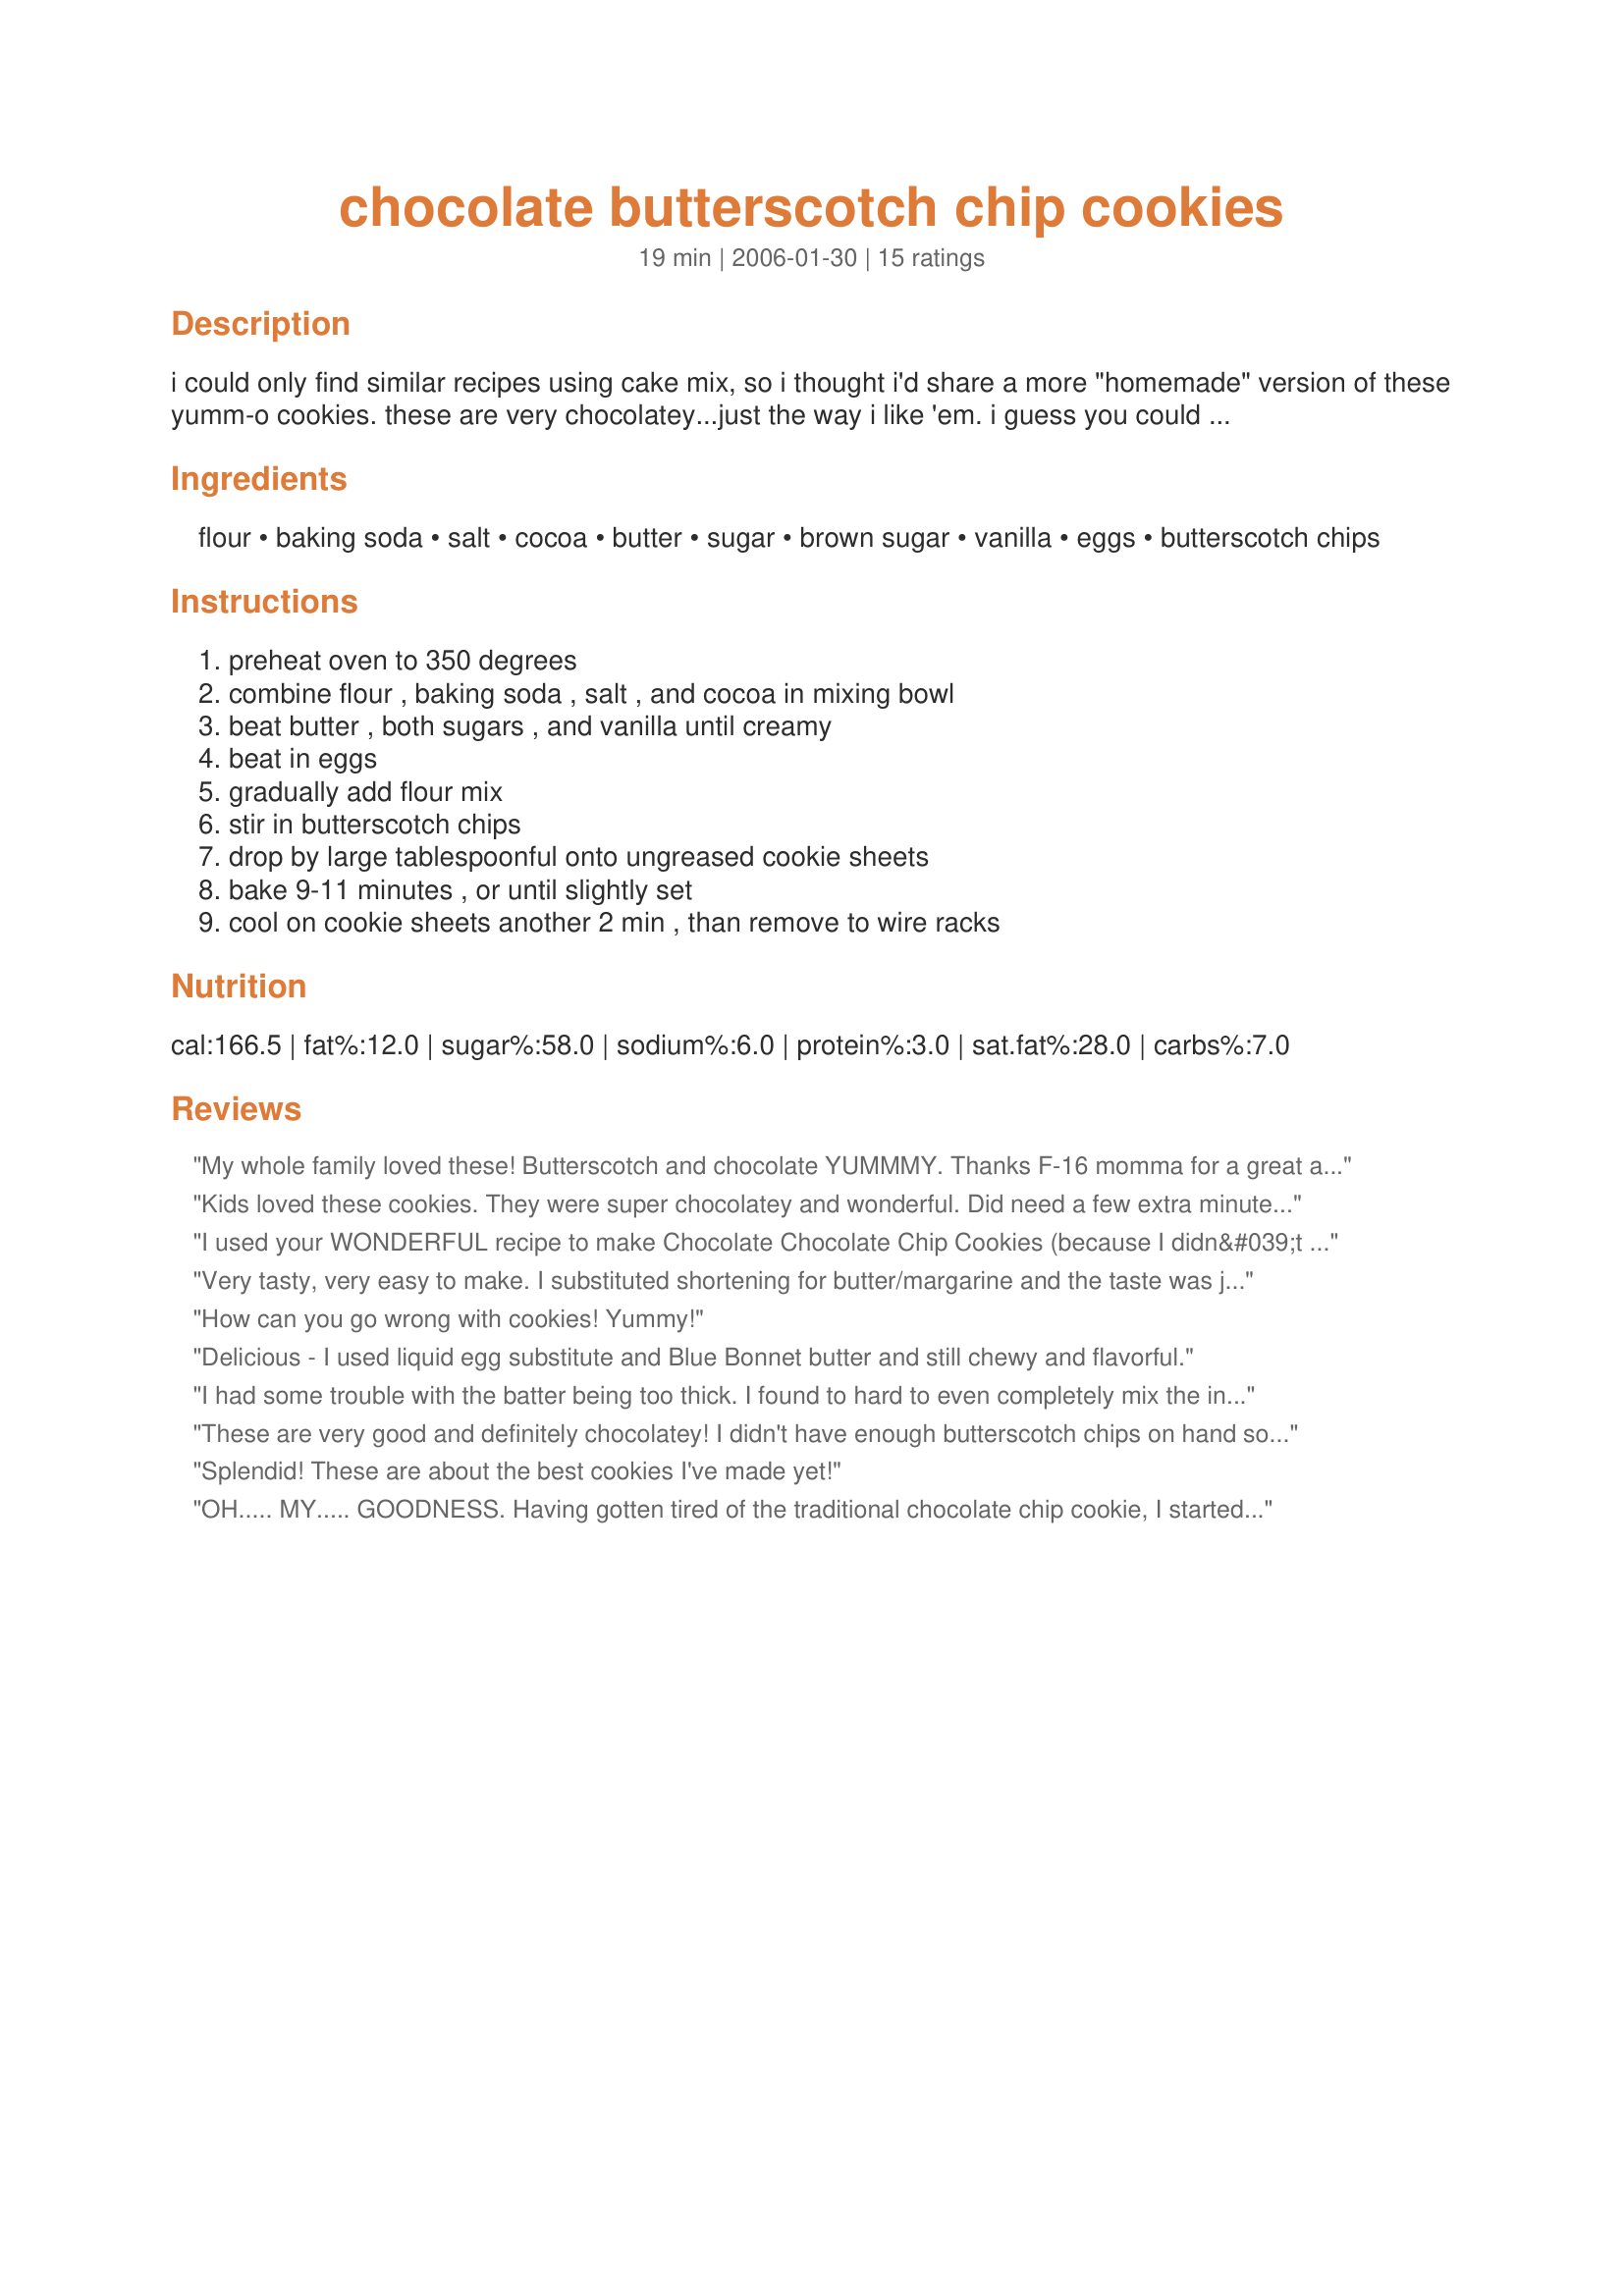
chocolate butterscotch chip cookies
Preparation time: 19 minutes

i could only find similar recipes using cake mix, so i thought i'd share a more "homemade" version of these yumm-o cookies. these are very chocolatey...just the way i like 'em. i guess you could also use chocolate chips, peanut butter chips, or anything else instead of the butterscotch, but this is how we likes 'em done.

Ingredients:
flour, baking soda, salt, cocoa, butter, sugar, brown sugar, vanilla, eggs, butterscotch chips

Steps:
preheat oven to 350 degrees, combine flour , baking soda , salt , and cocoa in mixing bowl, beat butter , both sugars , and vanilla until creamy, beat in eggs, gradually add flour mix, stir in butterscotch chips, drop by large tablespoonful onto ungreased cookie sheets, bake 9-11 minutes , or until slightly set, cool on cookie sheets another 2 min , than remove to wire racks

Reviews:
My whole family loved these! Butterscotch and chocolate YUMMMY. Thanks F-16 momma for a great addition to my favorite cookie recipes!
Kids loved these cookies. They were super chocolatey and wonderful. Did need a few extra minutes to bake, but otherwise easy to follow and tasted wonderful!!!!
I used your WONDERFUL recipe to make Chocolate Chocolate Chip Cookies (because I didn&#039;t have butterscotch chips on had) and they were delicious! I will come back and give a rating when I buy butterscotch chips, as I believe they will be magnificent then. Thanks for a yummy snack!
Very tasty, very easy to make. I substituted shortening for butter/margarine and the taste was just fine. They are very rich though, you definitely need a glass of cold milk to go along with these!
How can you go wrong with cookies! Yummy!
Delicious - I used liquid egg substitute and Blue Bonnet butter and still chewy and flavorful.
I had some trouble with the batter being too thick. I found to hard to even completely mix the ingredients. They needed a little longer than 11 minutes to cook, but that's probably just my goofy stove. They do taste really good though! Very yummy!!
These are very good and definitely chocolatey! I didn't have enough butterscotch chips on hand so used 2/3 butterscotch and 1/3 Heath toffee bits (a great combination!) Also took the hint of a previous reviewer and after checking a similar recipe I'm familiar with I reduced the salt to 1/2 tsp and I think it was perfect that way. Using a #60 cookie scoop, I got 52 cookies. Thanks for the recipe!
Splendid! These are about the best cookies I've made yet!
OH..... MY..... GOODNESS. <br/>Having gotten tired of the traditional chocolate chip cookie, I started looking and came across this one. I am SO glad I did!! I divided the dough in half and used white chocolate chips in one half, butterscotch in the other, at 5000 feet elevation I baked them EXACTLY 10 minutes and they're absolutely PERFECT. Now all I can think about is how this dough would be with mint chips... peanut butter chips, triple chocolate (white, light & dark) chips, and even those Andes Peppermint Crunch ones.... Thank you SO much for this recipe!
This was exactly the type of recipe I was looking for. These cookies are delicious. They really hit the spot when I tried them right out of the oven. I took them on a short road trip with me and they got all eaten up quite quickly. Thanks!
I followed the directions, and found that 1 tsp salt was a little too much. Maybe cut back on the salt. Not a favorite of mine, also a little dry.
We agree with you that these are yumm-o! My 11 y.o. DD made these for *PAC Spring 2007* and we all enjoyed the fruits of her efforts! Since we were out of butterscotch, she used a combination of white chocolate and regular chocolate chips, very pretty presentation.
Tasty cookies, perfect for lunchboxes. I used salted butter, and next time would use only 1/2 t salt. Thanks for sharing the no-cake-mix recipe!
These were amazing! Soft and delicious. My 9 yr old scarfed down 5!!! I halved the recipe for the two of us and it worked out easily. Thanks for sharing. Chocolate & butterscotch together was perfect. The dough was very easy to work with, not stiff at all.
